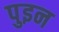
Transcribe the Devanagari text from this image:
पुइन